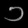
Digit: ၁